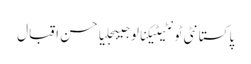
پاکستانٹی ٹونٹیٹیکنالوجیبجلیاحسن اقبال